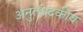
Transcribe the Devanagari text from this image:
अनुत्पादकीय